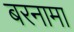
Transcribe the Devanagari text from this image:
बरनामा